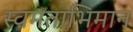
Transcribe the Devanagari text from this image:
स्वमताभिमान